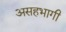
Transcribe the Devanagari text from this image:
असहभागी